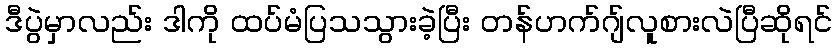
ဒီပွဲမှာလည်း ဒါကို ထပ်မံပြသသွားခဲ့ပြီး တန်ဟက်ဂျ်လူစားလဲပြီဆိုရင်